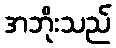
အဘိုးသည်